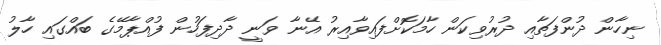
ނިހާން ދުންފަތާއި ދުރުވިކަން ހާމަކޮށްފައިވާއިރު އޭނާ ވަނީ ދާދިފަހުން ފުއްޕާމޭގެ ބައްގައި ހާލު